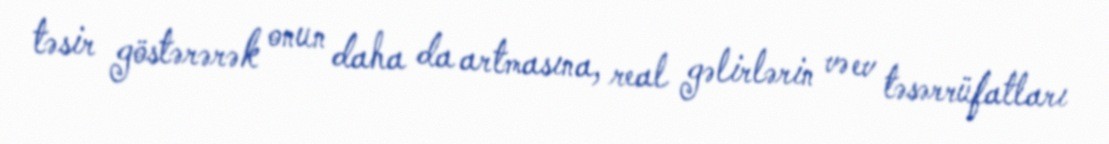
təsir göstərərək onun daha da artmasına, real gəlirlərin və ev təsərrüfatları